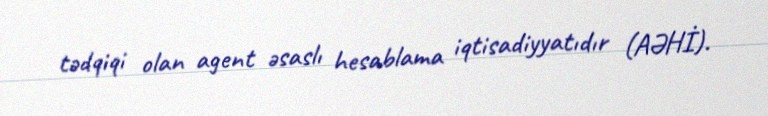
tədqiqi olan agent əsaslı hesablama iqtisadiyyatıdır (AƏHİ).